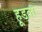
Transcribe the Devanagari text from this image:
हूडला